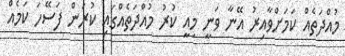
މުއްދަތެއް ކަމަށްވާއިރު އޭނާ ވަނީ މިއީ ކުރު މުއްދަތެއްގައި ކުރަން ފަސޭހަ ކަމެއް